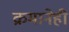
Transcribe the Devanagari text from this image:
क्रमानेही